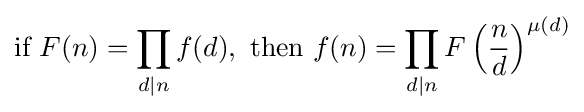
{\mbox{if }}F(n)=\prod _{d|n}f(d),{\mbox{ then }}f(n)=\prod _{d|n}F\left({\frac {n}{d}}\right)^{\mu (d)}